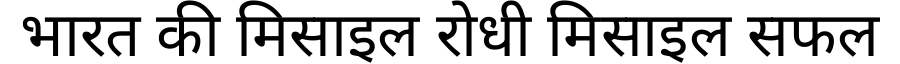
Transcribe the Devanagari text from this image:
भारत की मिसाइल रोधी मिसाइल सफल